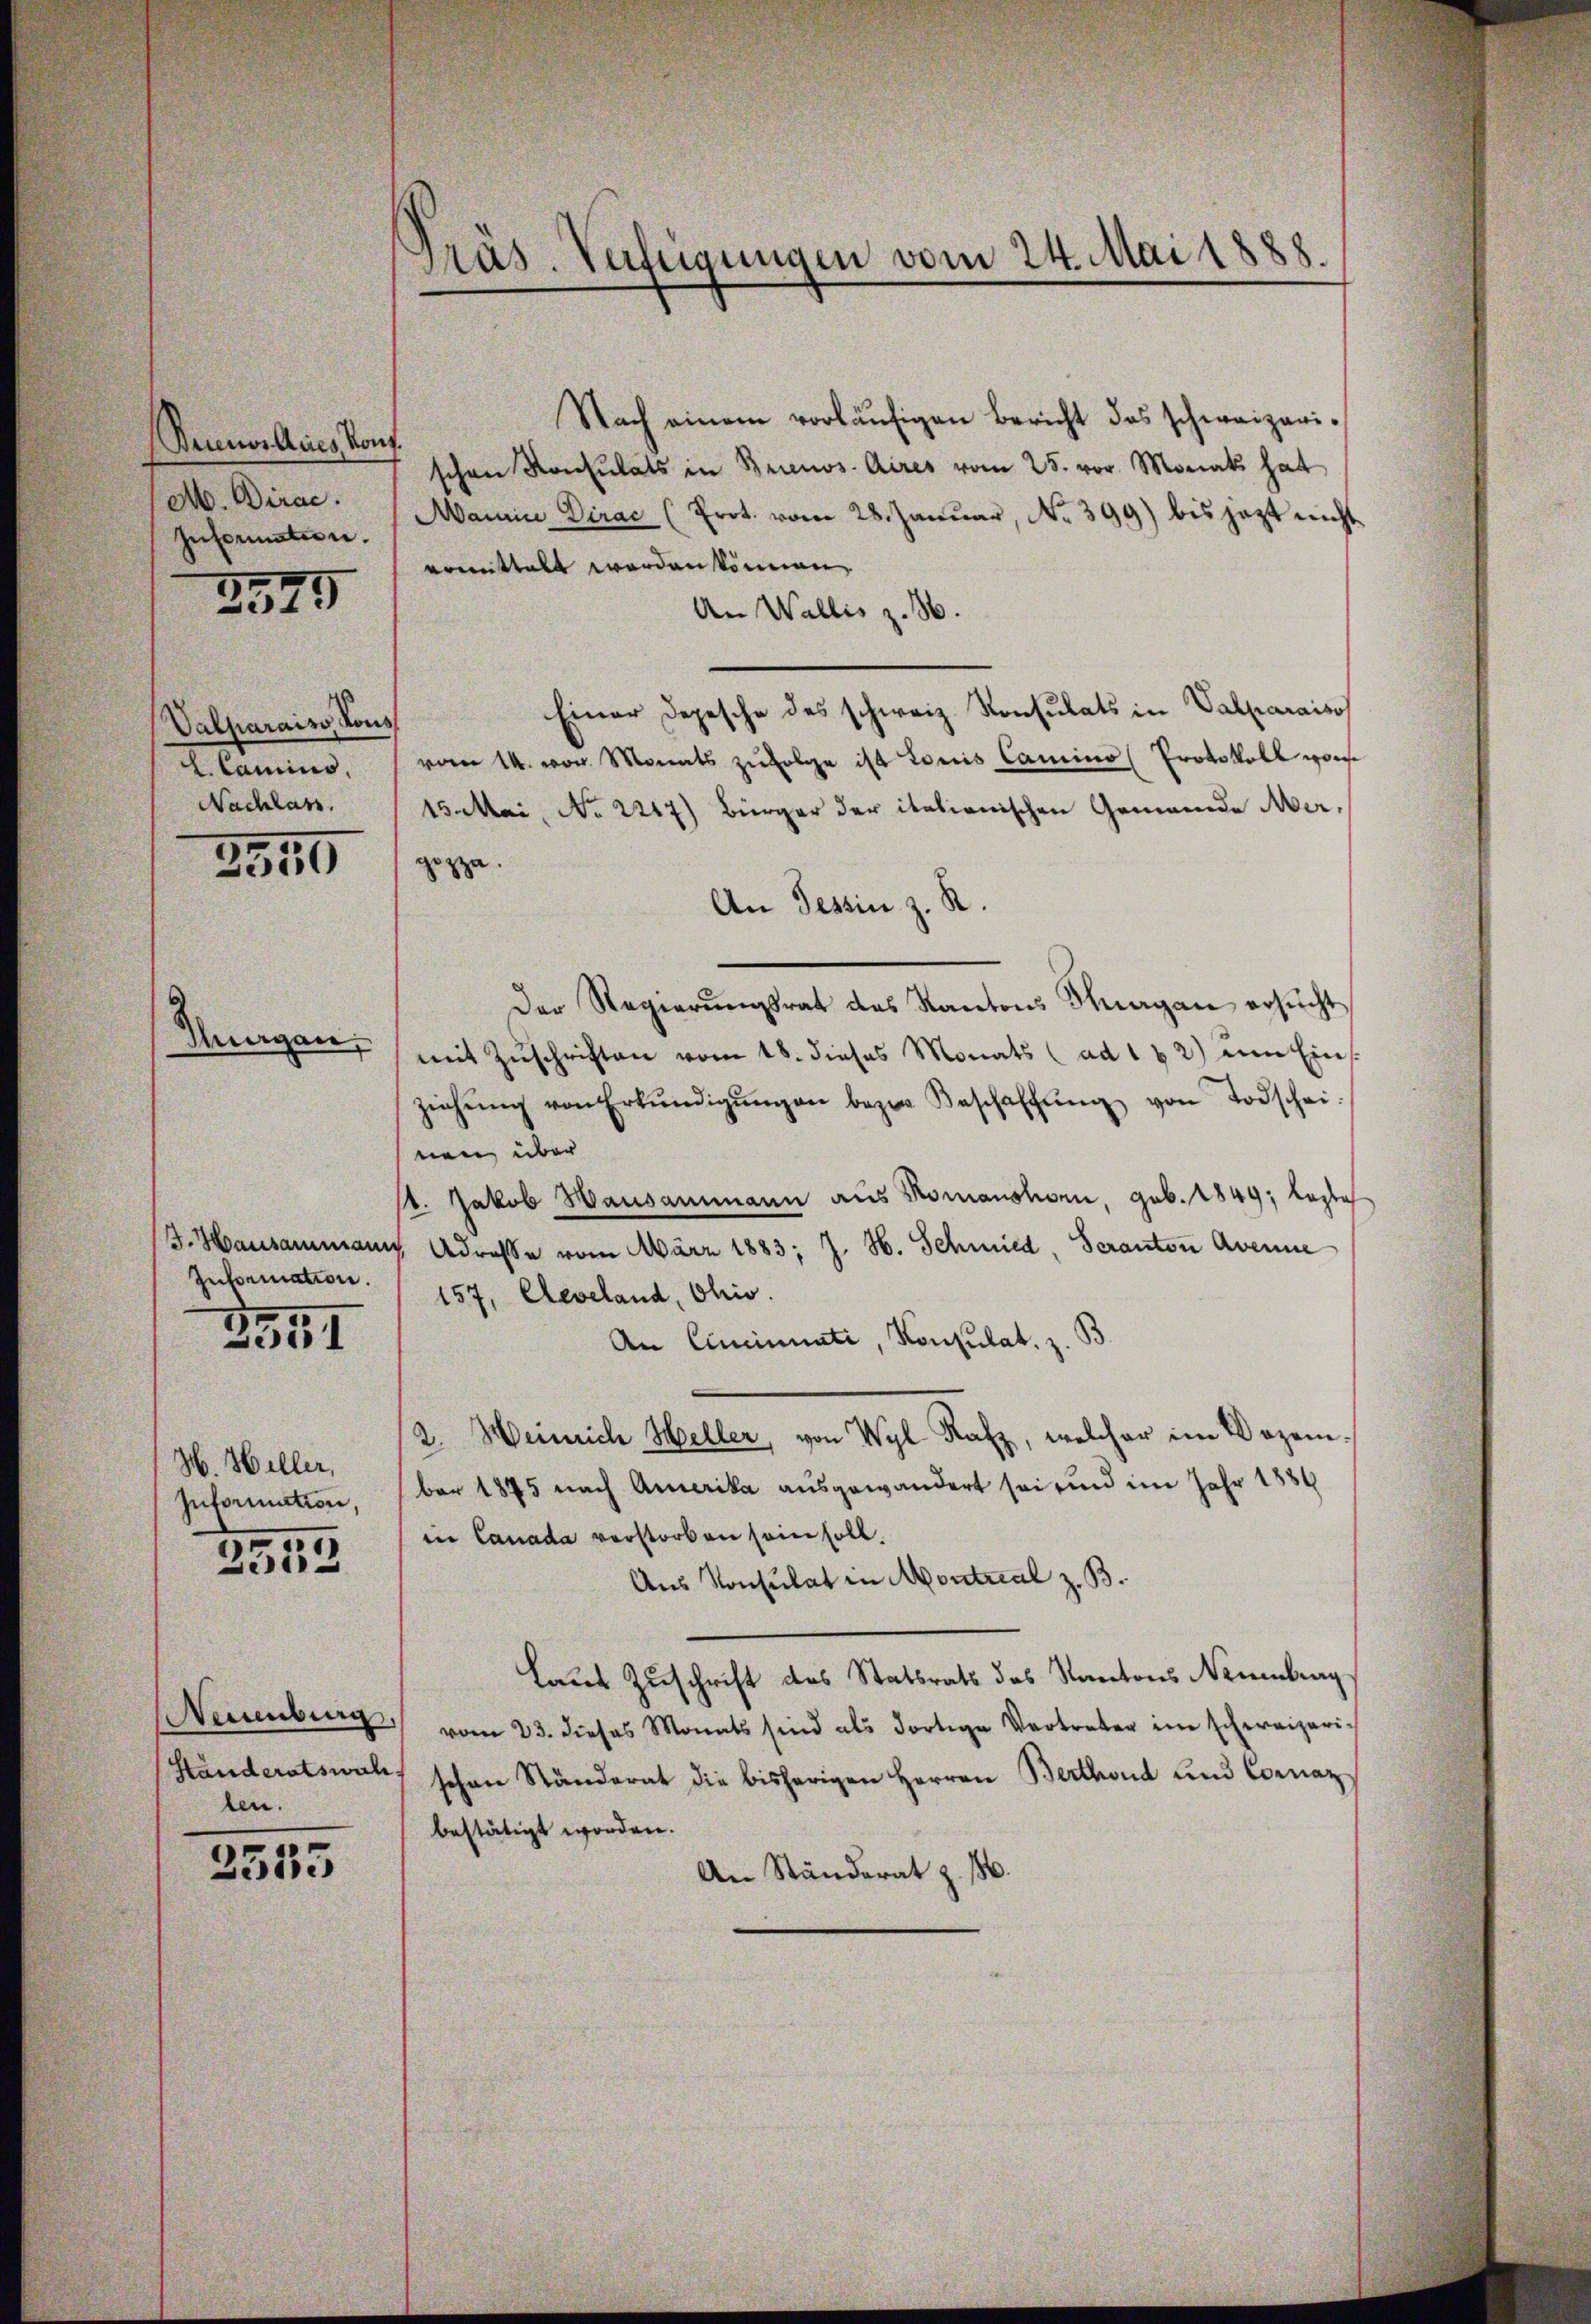
Buenos Aires Konf
A. Dirac.
Information.
2575

Valparais, Kons
l. Camins,
Nachlass.

3550

Suagan,

. Hausammann
Information.
2357

H. Heller,
Information,
2512

Neuenburg,
Händeratswah
ben.

2555

Präs. Verfügungen vom 24. Mai 1888.

Nach einem vorläŭfigen Bericht das schweizerischen Konsulats in Brienos Aires vom 25. vor. Monat hat
Manne Dirac (Prot. vom 28. Januar, No 399) bis jetzt nicht
ermittelt werden können.
An Wallis z. B.
Einer Depesche des schweiz. Konsulats in Valparaiso
vom 14. von Monats zŭfolge ist Loris Camino Protokoll wor
15. Mai, No 2217) Bürger der italienischen Gemeinde Mergezza
An Tessin z. R.
Der Regierŭngsrat des Kantons Knagan ersŭcht
mit Zŭschriften vom 18. dieses Monats (ad 162) am Eins
ziehŭng von Erkŭndigŭngen bezw. Beschaffŭng von Todschei
nen über
s. Jakob Hausammann aus Romanshorn, geb. 1849; Laste
Adresse vom März 1883; J. H. Schmied, Seranton Avenne
157, Aeveland, Ohio.
An Cincinuati, Konsulat, z.
2. Weinrich Heller, von Wyl Rafz, welcher im Dozen
ber 1875 nach Amerika ausgewandert sei und im Jahr 1889
in Canada verstorben sein soll.
Aus Konsulat in Montrial z. B.
Laut Zuschrift des Statsrath des Kantons Neutrag
vom 23. dieses Monats sind als dortige Vertreten im schweizerischen Ständerat die bisherigen Herren Berthoud und Cornaz
bestätigt worden.
An Ständerat z. 186.